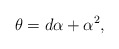
\begin{align*}\theta = d \alpha + \alpha^{2}, \end{align*}